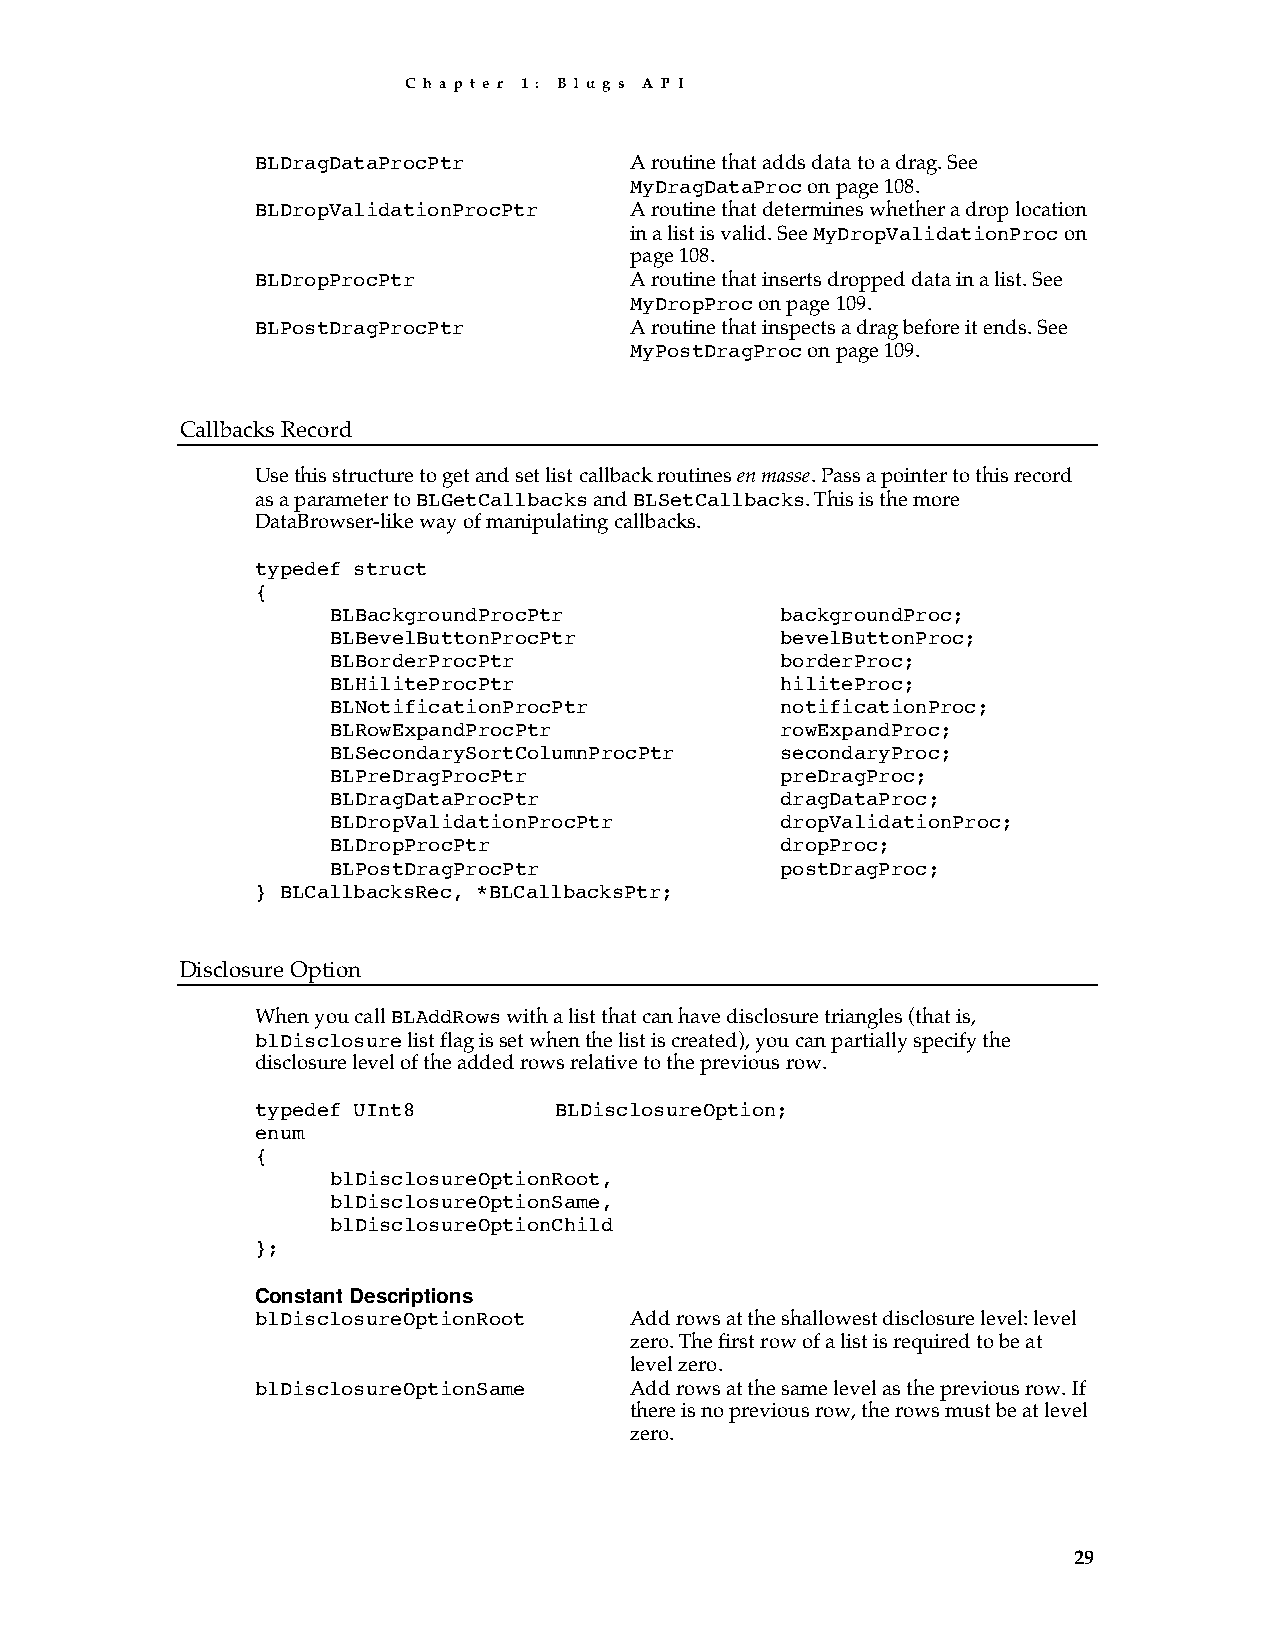
C h a p t e r 1 : B l u g s A P I
 BLDragDataProcPtr        A routine that adds data to a drag. See
 MyDragDataProc on page 108.
 BLDropValidationProcPtr  A routine that determines whether a drop location
 in a list is valid. See MyDropValidationProc on
 page 108.
 BLDropProcPtr            A routine that inserts dropped data in a list. See
 MyDropProc on page 109.
 BLPostDragProcPtr        A routine that inspects a drag before it ends. See
 MyPostDragProc on page 109.
 Callbacks Record
 Use this structure to get and set list callback routines en masse. Pass a pointer to this record
 as a parameter to BLGetCallbacks and BLSetCallbacks. This is the more
 DataBrowser-like way of manipulating callbacks.
 typedef struct
 {
 BLBackgroundProcPtr           backgroundProc;
 BLBevelButtonProcPtr          bevelButtonProc;
 BLBorderProcPtr               borderProc;
 BLHiliteProcPtr               hiliteProc;
 BLNotificationProcPtr         notificationProc;
 BLRowExpandProcPtr            rowExpandProc;
 BLSecondarySortColumnProcPtr  secondaryProc;
 BLPreDragProcPtr              preDragProc;
 BLDragDataProcPtr             dragDataProc;
 BLDropValidationProcPtr       dropValidationProc;
 BLDropProcPtr                 dropProc;
 BLPostDragProcPtr             postDragProc;
 } BLCallbacksRec, *BLCallbacksPtr;
 Disclosure Option
 When you call BLAddRows with a list that can have disclosure triangles (that is,
 blDisclosure list flag is set when the list is created), you can partially specify the
 disclosure level of the added rows relative to the previous row.
 typedef UInt8       BLDisclosureOption;
 enum
 {
 blDisclosureOptionRoot,
 blDisclosureOptionSame,
 blDisclosureOptionChild
 };
 Constant Descriptions
 blDisclosureOptionRoot   Add rows at the shallowest disclosure level: level
 zero. The first row of a list is required to be at
 level zero.
 blDisclosureOptionSame   Add rows at the same level as the previous row. If
 there is no previous row, the rows must be at level
 zero.
 29